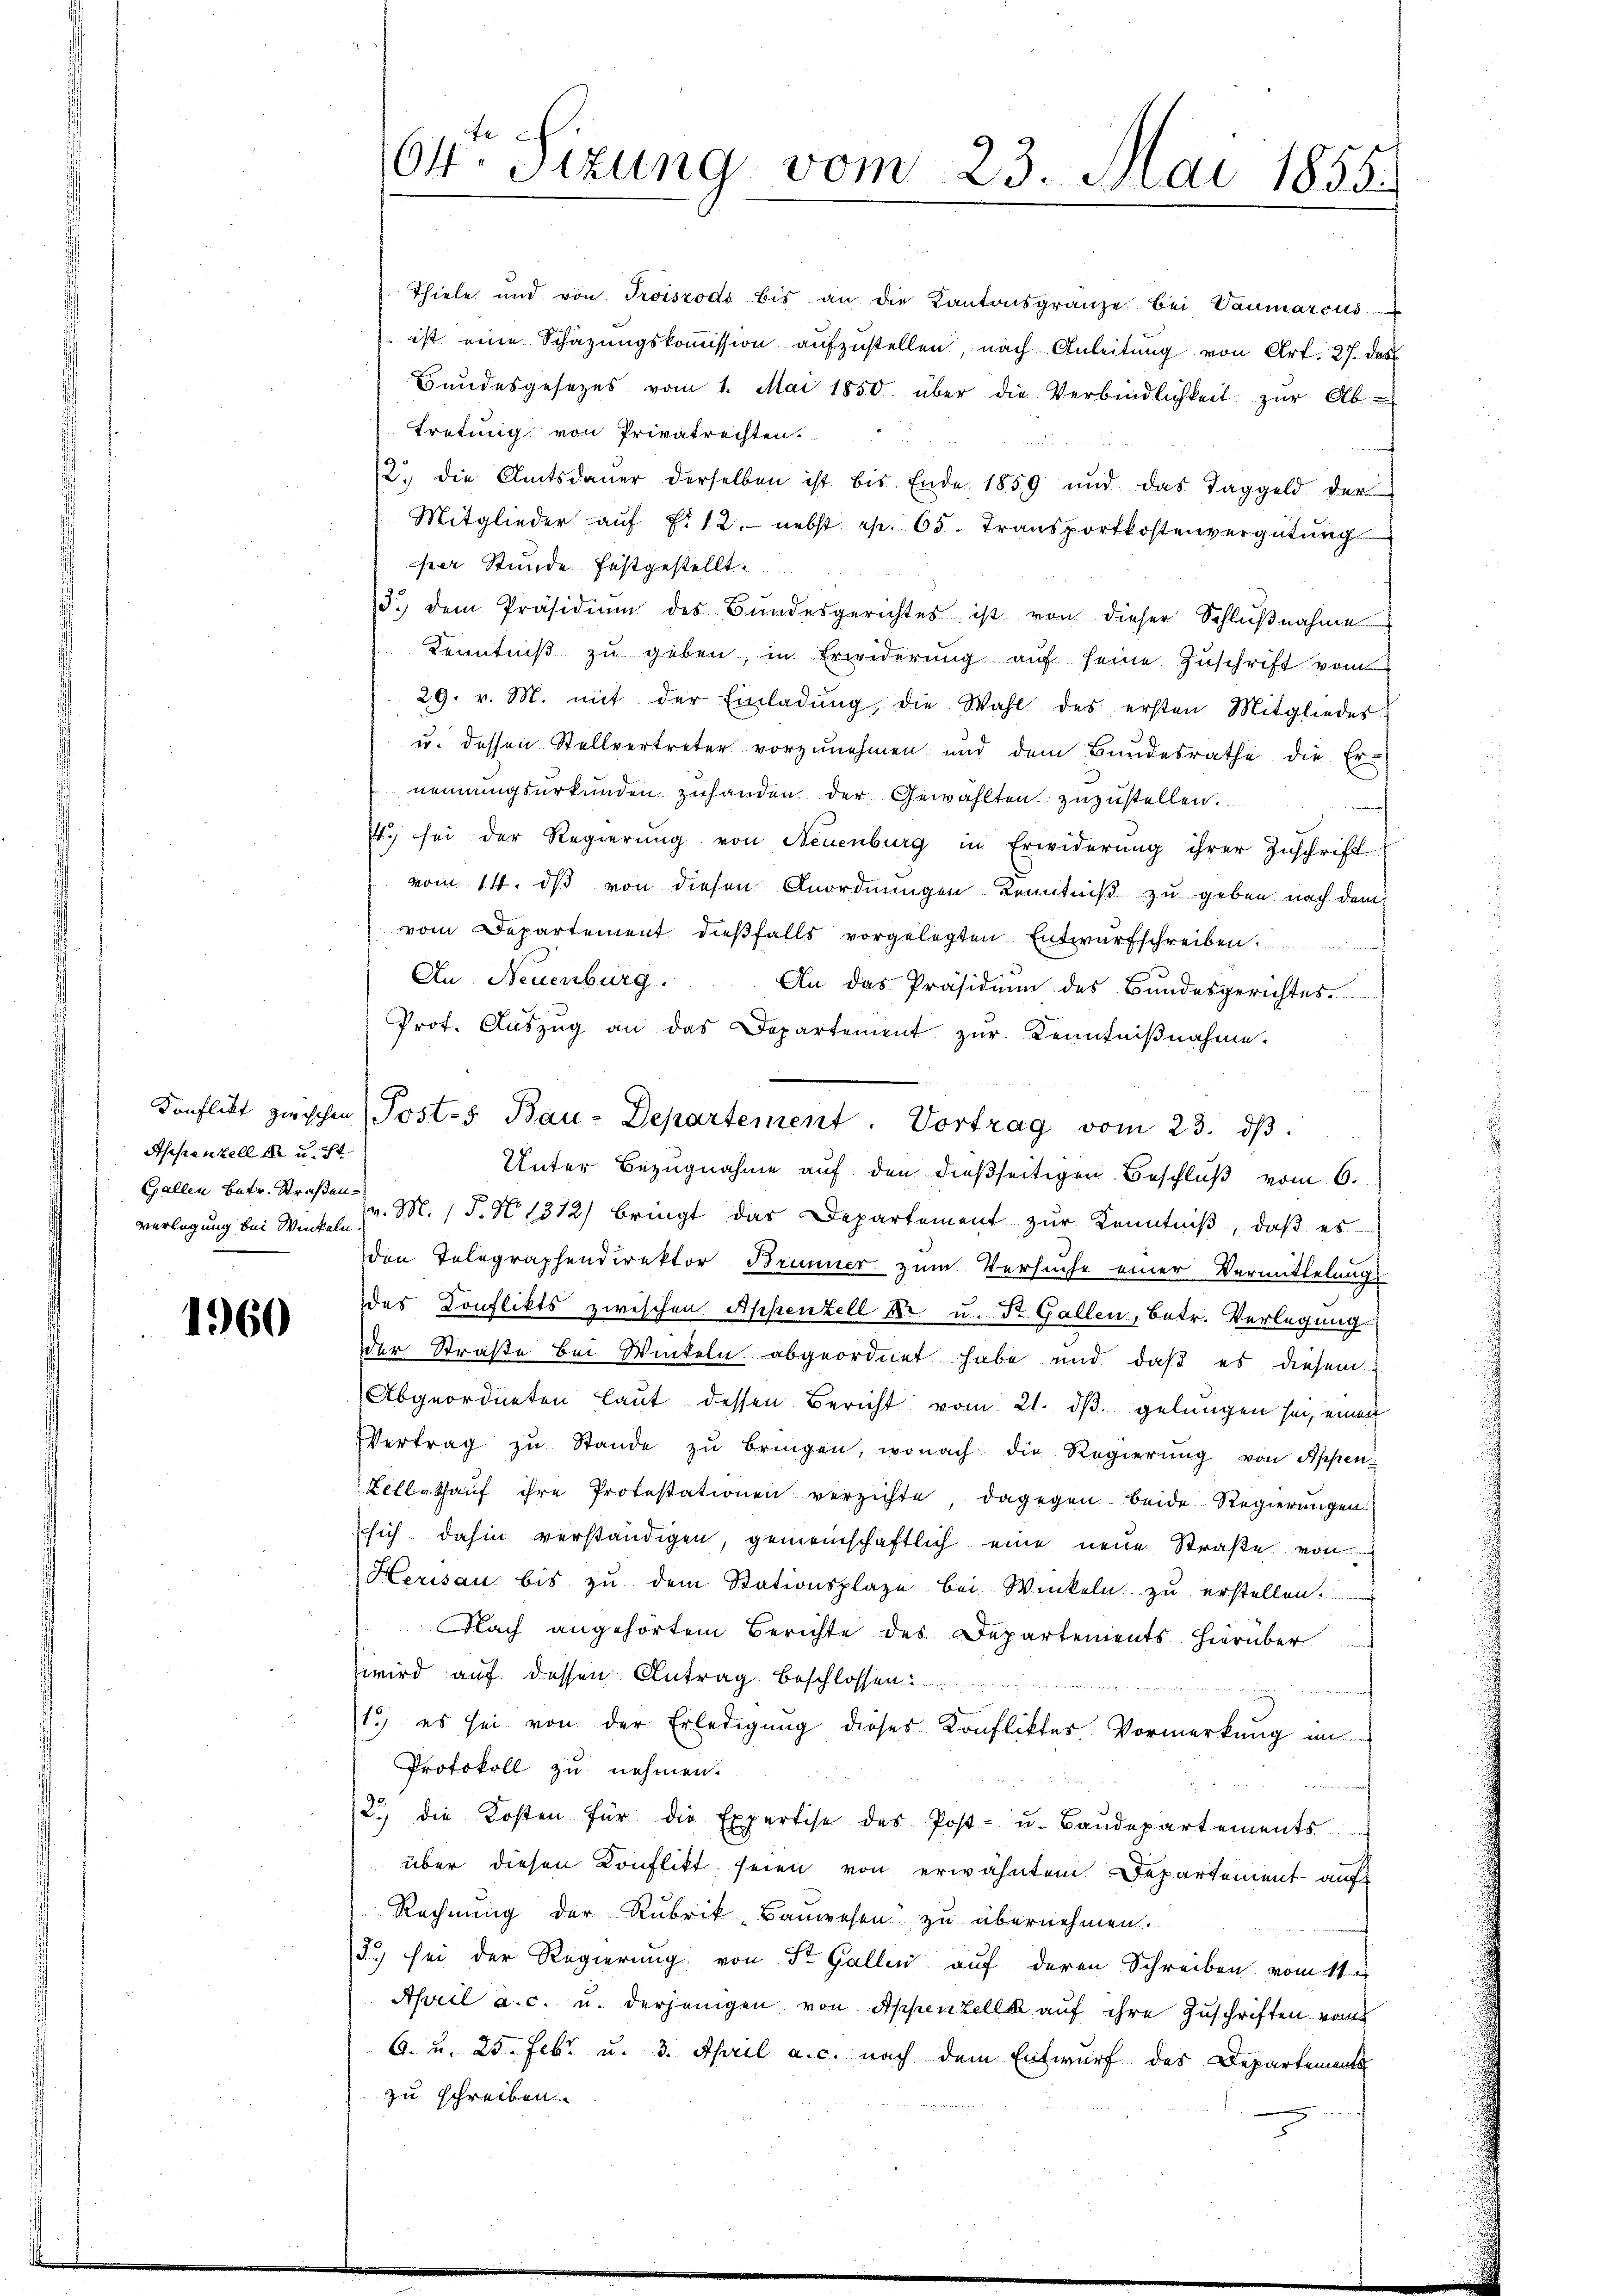
Appenzell in u. st
verlegung bei Winkeln.

1960

64. Sizung vom 23. Mai 1855.

Thiele und von Troiszodo bis an die Kantonsgränze bei Vaŭmarcus
ist eine Schazungskoṁission aŭfzŭstellen, nach Anleitŭng von Art. 27. des
Bundesgesezes vom 1. Mai 1850. über die Verbindlichkeit zur Ab-
tretung von Privatrechten.
2. die Amtsdaŭer derselben ist bis Ende 1859 und das Taggeld der
Mitglieder aŭf f. 12. nebst rp. 65. Transportkostenvergütŭng
per Stunde festgestellt.
/3. dem Präsidiŭm des Bŭndesgerichtes ist von dieser Schlŭβnahme
Kenntniβ zŭ geben, in Erwiderŭng aŭf seine Zuschrift vom
29. v. M. mit der Einladŭng, die Wahl des ersten Mitgliedes
u. dessen Stellvertreter vorzunehmen und dem Bundesrathe die Er-
nennungsurkunden zuhanden der Gewählten zuzustellen.
7t. sei der Regierung von Neuenburg in Erwiderŭng ihrer Zuschrift
vom 14. ds von diesen Anordnungen Kenntniß zu geben nach dem
vom Departement dießfalls vorgelegten Entwurfschreiben.
An Neuenburg.
An das Präsidium des Bundesgerichtes.
Prot. Aŭszŭg an das Departement zur Kenntnißnahme.
Unter Bezugnahme auf den dießseitigen Beschluß vom 6.
Gallen betr. Straßen M. 15. No 1312) bringt das Departement zŭr Kenntniβ, daβ es
den Telegraphendirektor Brunner zum Versuche einer Vermittelungs-
des Konflikts zwischen Appenzell die u. Dr. Gallen, betr. Verlegung
der Straße bei Winteln abgeordnet habe und daß es diesem
Abgeordneten laut dessen Bericht vom 21. dβ gelungen sei, einen
Vertrag zŭ Stande zŭ bringen, wonach die Regierŭng von Appen-
Kellathauf ihre Protestationen verzichte, dagegen beide Regierungen
sich dahin verständigen, gemeinschaftlich eine neue Straße von
Herisau bis zu dem Stationsplaze bei Winkeln zu erstellen.
Nach angehörtem Berichte des Departements hierüber
Zwwird auf dessen Antrag beschlossen.
1.) es sei von der Erledigung dieses Konfliktes Vormerkung in
Protokoll zu nehmen.
2.) die Kosten für die Expertise des Post- u. Baŭdepartements
über diesen Konflikt seien von erwähntem Departement auf
Rechnung der Rubrik, Bauwesen zu übernehmen.
3) sei der Regierung von St. Gallen auf deren Schreiben vom 11.
April a. c. u. derjenigen von Appenzelle auf ihre Zuschriften vom
G. u. 25. Febr. u. 3. April a. c. nach dem Entwurf des Departements
zu schreiben.

Konflikt zwischen Posts Bau-Departement. Vortrag vom 23. ds.